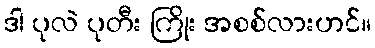
ဒါ ပုလဲ ပုတီး ကြိုး အစစ်လားဟင်။